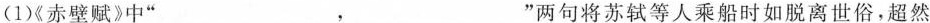
（1）《赤壁赋》中”___，___”两句将苏轼等人乘船时如脱离世俗，超然